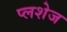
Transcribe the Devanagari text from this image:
प्लशेज